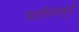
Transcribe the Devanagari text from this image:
पाठविण्यापूर्वी